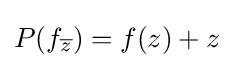
\displaystyle {P(f_{\overline {z}})=f(z)+z}